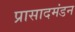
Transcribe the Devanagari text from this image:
प्रासादमंडन